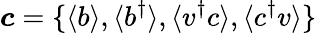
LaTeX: \boldsymbol{c}=\{ \langle b\rangle,\langle b^{\dagger}\rangle,\langle v^{\dagger}c\rangle,\langle c^{\dagger}v\rangle\}